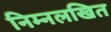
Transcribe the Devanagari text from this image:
निम्नलखित